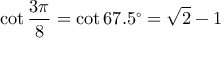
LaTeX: \cot { \frac { 3 \pi } { 8 } } = \cot 6 7 . 5 ^ { \circ } = { \sqrt { 2 } } - 1